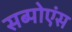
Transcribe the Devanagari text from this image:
सब्पोएंस